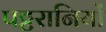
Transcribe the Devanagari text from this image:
पट्टरानियों